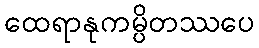
ထေရာနုကမ္ပိတဿပေ